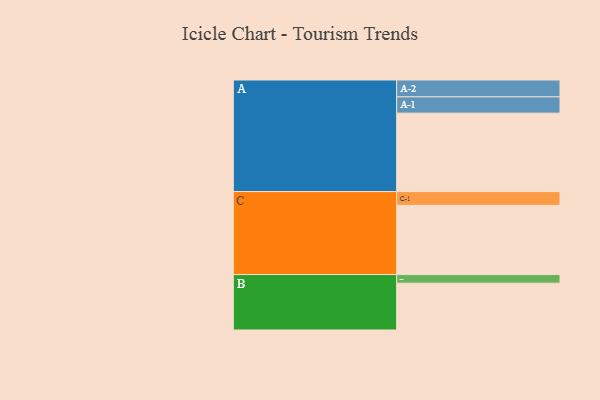
{"axis": {"x": "Segment", "y": "Value"}, "legend": ["", "A", "B", "C"], "data": [{"x": "A", "y": 563, "type": ""}, {"x": "B", "y": 336, "type": ""}, {"x": "C", "y": 497, "type": ""}, {"x": "A-1", "y": 117, "type": "A"}, {"x": "A-2", "y": 121, "type": "A"}, {"x": "B-1", "y": 62, "type": "B"}, {"x": "C-1", "y": 99, "type": "C"}]}